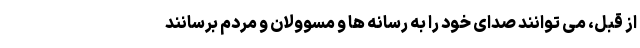
از قبل، می توانند صدای خود را به رسانه ها و مسوولان و مردم برسانند